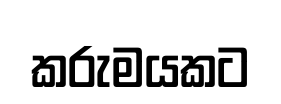
කරුමයකට